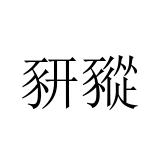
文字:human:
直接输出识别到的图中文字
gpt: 豜豵